Scottish Leaving Certificate Examination, 1958
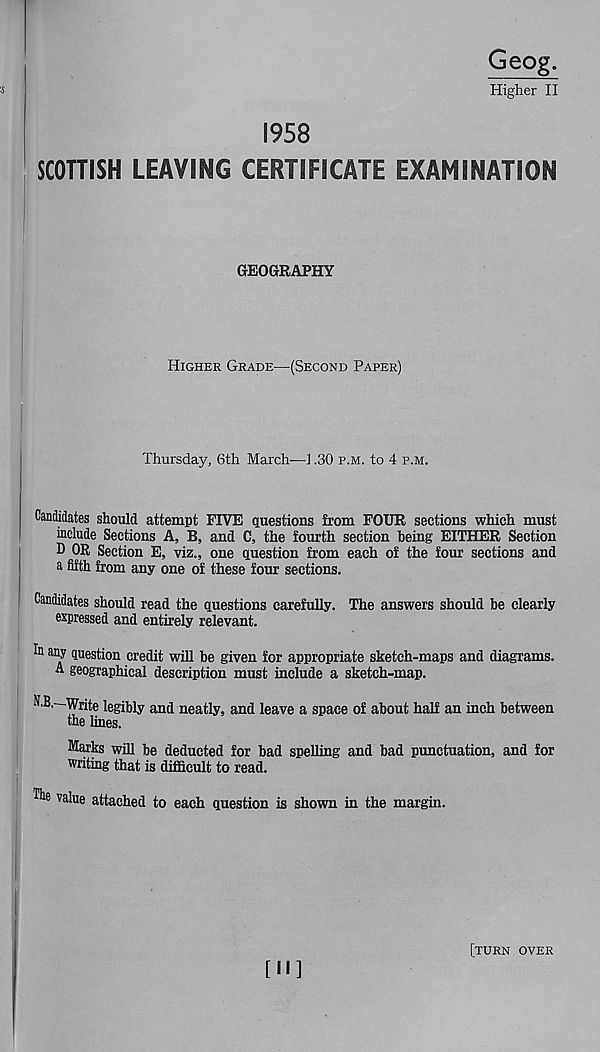
Geog.
Higher II
1958
SCOTTISH LEAVING CERTIFICATE EXAMINATION
GEOGRAPHY
Higher Grade—(Second Paper)
Thursday, 6th March-—1.30 p.m. to 4 p.m.
Candidates should attempt FIVE questions from FOUR sections which must
include Sections A, B, and C, the fourth section being EITHER Section
D OR Section E, viz., one question from each of the four sections and
a fifth from any one of these four sections.
Candidates should read the questions carefully. The answers should be clearly
expressed and entirely relevant.
any question credit will be given for appropriate sketch-maps and diagrams.
A geographical description must include a sketch-map.
togibly and neatly, and leave a space of about half an inch between
the lines.
Marks will be deducted for bad spelling and bad punctuation, and for
writing that is difficult to read.
value attached to each question is shown in the margin.
[II]
[turn over